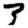
Digit: 3